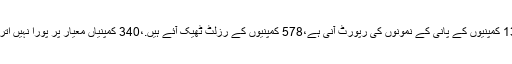
135 کمپنیوں کے پانی کے نمونوں کی رپورٹ آنی ہے،578 کمپنیوں کے رزلٹ ٹھیک آئے ہیں.،340 کمپنیاں معیار پر پورا نہیں اتریں۔